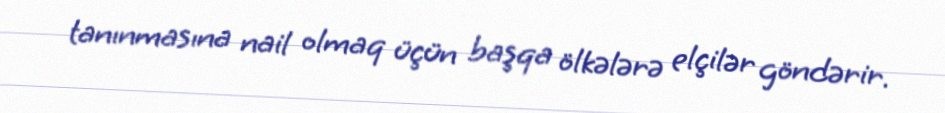
tanınmasına nail olmaq üçün başqa ölkələrə elçilər göndərir.